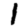
Digit: 1